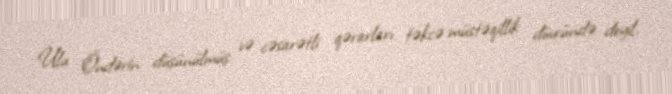
Ulu Öndərin düşünülmüş və cəsarətli qərarları təkcə müstəqillik dövründə deyil,